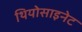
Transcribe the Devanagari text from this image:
थियोसाइनेट